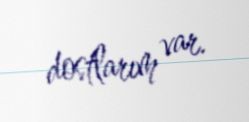
dostlarım var.